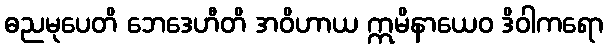
ဓညမုပေတိ ဘေဒေဟီတိ အဝိဟာယ ဣမိနာယေဝ ဒိဝါကရော